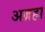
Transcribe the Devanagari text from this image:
अब्रहा